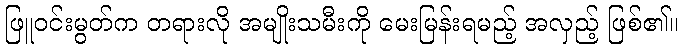
ဖြူဝင်းမွတ်က တရားလို အမျိုးသမီးကို မေးမြန်းရမည့် အလှည့် ဖြစ်၏။